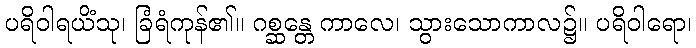
ပရိဝါရယိံသု၊ ခြံရံကုန်၏။ ဂစ္ဆန္တေ ကာလေ၊ သွားသောကာလ၌။ ပရိဝါရော၊